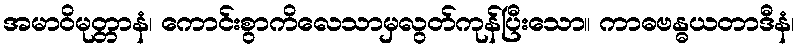
အမာဝိမုတ္တာနံ၊ ကောင်းစွာကိလေသာမှလွတ်ကုန်ပြီးသော။ ကာဓဗန္ဓယတာဒီနံ၊